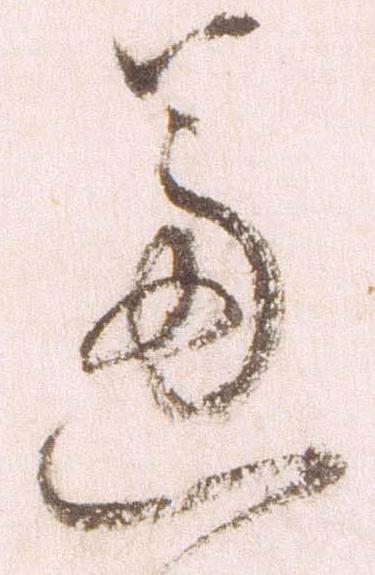
芦